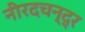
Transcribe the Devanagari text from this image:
नीरदचन्द्र